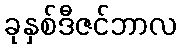
ခုနှစ်ဒီဇင်ဘာလ